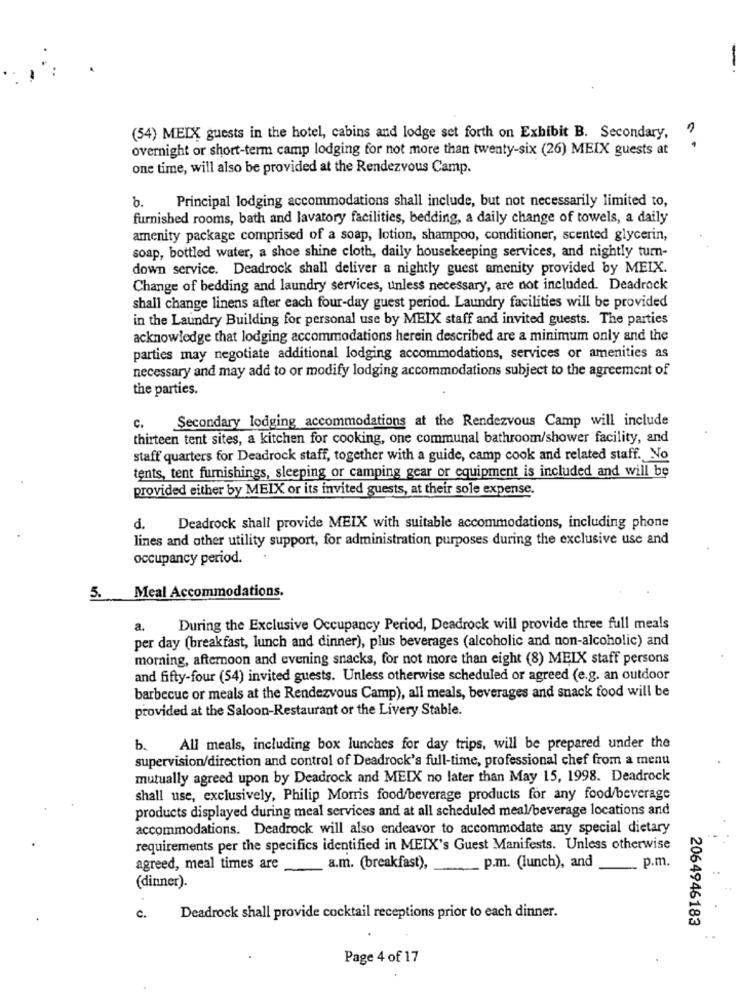
(54) MEIX guests in the hotel, cabins and lodge set forth on Exhibit B. Secondary,
overnight or short-term camp lodging for not more than twenty-six (26) MEIX guests at
one time, will also be provided at the Rendezvous Camp.
b.
Principal lodging accommodations shall include, but not necessarily limited to,
furnished rooms, bath and lavatory facilities, bedding, a daily change of towels, a daily
amenity package comprised of a soap, lotion, shampoo, conditioner, scented glycerin,
soap, bottled water, a shoe shine cloth, daily housekeeping services, and nightly turn-
down service. Deadrock shall deliver a nightly guest amenity provided by MEIX.
Change of bedding and laundry services, unless necessary, are not included. Deadrock
shall change linens after each four-day guest period. Laundry facilities will be provided
in the Laundry Building for personal use by MEIX staff and invited guests. The parties
acknowledge that lodging accommodations herein described are a minimum only and the
parties may negotiate additional lodging accommodations, services or amenities as
necessary and may add to or modify lodging accommodations subject to the agreement of
the parties.
c. Secondary lodging accommodations at the Rendezvous Camp will include
thirteen tent sites, a kitchen for cooking, one communal bathroom/shower facility, and
staff quarters for Deadrock staff, together with a guide, camp cook and related staff. No
tents, tent furnishings, sleeping or camping gear or equipment is included and will be
provided either by MEIX or its invited guests, at their sole expense.
d.
Deadrock shall provide MEIX with suitable accommodations, including phone
lines and other utility support, for administration purposes during the exclusive use and
occupancy period.
5. Meal Accommodations.
a.
During the Exclusive Occupancy Period, Deadrock will provide three full meals
per day (breakfast, lunch and dinner), plus beverages (alcoholic and non-alcoholic) and
morning, afternoon and evening snacks, for not more than eight (8) MEIX staff persons
and fifty-four (54) invited guests. Unless otherwise scheduled or agreed (e.g. an outdoor
barbecue or meals at the Rendezvous Camp), all meals, beverages and snack food will be
provided at the Saloon-Restaurant or the Livery Stable.
b.
All meals, including box lunches for day trips, will be prepared under the
supervision/direction and control of Deadrock's full-time, professional chef from a menu
mutually agreed upon by Deadrock and MEIX no later than May 15, 1998. Deadrock
shall use, exclusively, Philip Morris food/beverage products for any food/beverage
products displayed during meal services and at all scheduled meal/beverage locations and
accommodations. Deadrock will also endeavor to accommodate any special dietary
requirements per the specifics identified in MEIX's Guest Manifests. Unless otherwise
agreed, meal times are
-
a.m. (breakfast),
p.m. (lunch), and
. p.m.
(dinner).
C.
Deadrock shall provide cocktail receptions prior to each dinner.
2064946183
Page 4 of 17